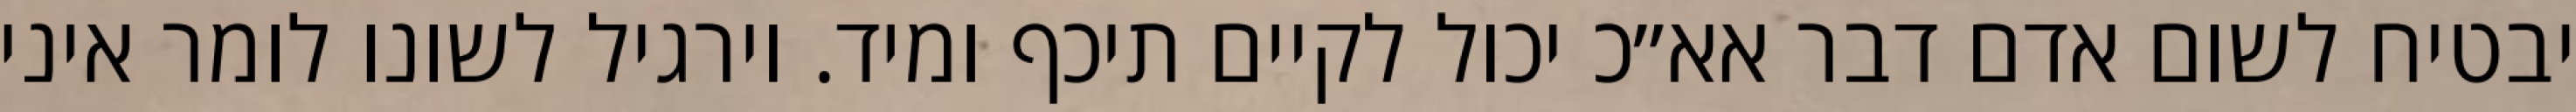
יבטיח לשום אדם דבר אא״כ יכול לקיים תיכף ומיד. וירגיל לשונו לומר איני